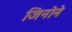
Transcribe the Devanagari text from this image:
जिनोने